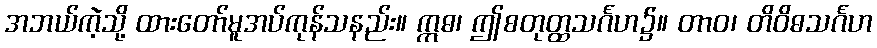
အဘယ်ကဲ့သို့ ထားတော်မူအပ်ကုန်သနည်း။ ဣဓ၊ ဤစတုတ္ထသင်္ဂဟ၌။ တာဝ၊ တိဝိဓသင်္ဂဟ